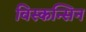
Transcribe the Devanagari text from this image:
विस्कन्सिन